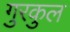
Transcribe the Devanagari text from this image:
गुरकुल